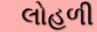
લોહળી